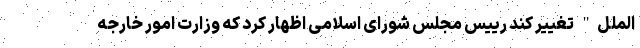
‌الملل" تغییر کند رییس مجلس شورای اسلامی اظهار کرد که وزارت امور خارجه